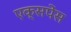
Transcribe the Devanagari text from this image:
एक्सपेंस